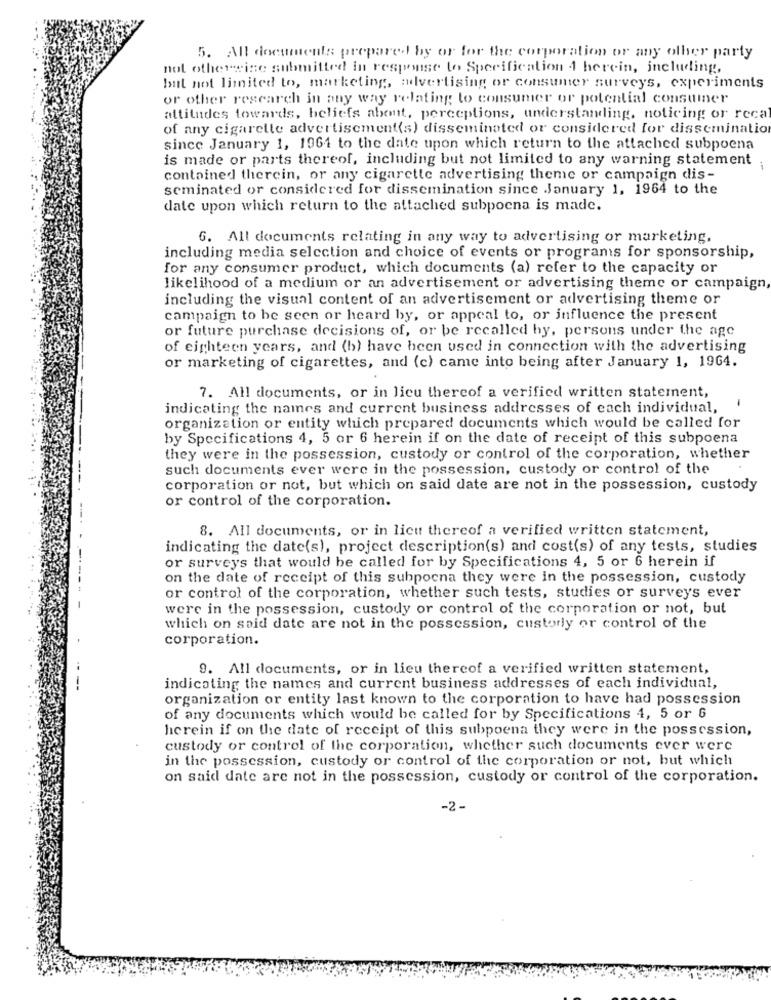
5. All documents prepared by or for the corporation or any other party
not otherwise submitted in response to Specification 4 herein, including,
but not limited to, marketing, advertising or consumer surveys, experiments
or other research in any way relating to consumer or potential consumer
attitudes towards, beliefs about, perceptions, understanding, noticing or reca
of any cigarette advertisement(s) disseminated or considered for disseminatio
since January 1, 1964 to the date upon which return to the attached subpoena
is made or parts thereof, including but not limited to any warning statement
contained therein, or any cigarette advertising theme or campaign dis-
seminated or considered for dissemination since January 1, 1964 to the
date upon which return to the attached subpoena is made.
6. All documents relating in any way to advertising or marketing,
including media selection and choice of events or programs for sponsorship,
for any consumer product, which documents (a) refer to the capacity or
likelihood of a medium or an advertisement or advertising theme or campaign
including the visual content of an advertisement or advertising theme or
campaign to be seen or heard by, or appeal to, or influence the present
or future purchase decisions of, or be recalled by, persons under the age
of eighteen years, and (b) have been used in connection with the advertising
or marketing of cigarettes, and (c) came into being after January 1, 1964.
7. All documents, or in lieu thereof a verified written statement,
indicating the names and current business addresses of each individual,
organization or entity which prepared documents which would be called for
by Specifications 4, 5 or 6 herein if on the date of receipt of this subpoena
they were in the possession, custody or control of the corporation, whether
such documents ever were in the possession, custody or control of the
corporation or not, but which on said date are not in the possession, custody
or control of the corporation.
8. All documents, or in lieu thereof a verified written statement,
indicating the date(s), project description(s) and cost(s) of any tests, studies
or surveys that would be called for by Specifications 4, 5 or 6 herein if
on the date of receipt of this subpoena they were in the possession, custody
or control of the corporation, whether such tests, studies or surveys ever
were in the possession, custody or control of the corporation or not, but
which on said date are not in the possession, custorly or control of the
corporation.
9. All documents, or in lieu thereof a verified written statement,
indicating the names and current business addresses of each individual,
organization or entity last known to the corporation to have had possession
of any documents which would be called for by Specifications 4, 5 or 6
herein if on the date of receipt of this subpoena they were in the possession,
custody or control of the corporation, whether such documents ever were
in the possession, custody or control of the corporation or not, but which
on said date are not in the possession, custody or control of the corporation.
-2.